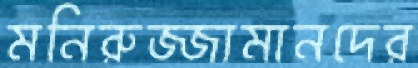
মনিরুজ্জামানদের